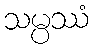
သမ္ပဿံ